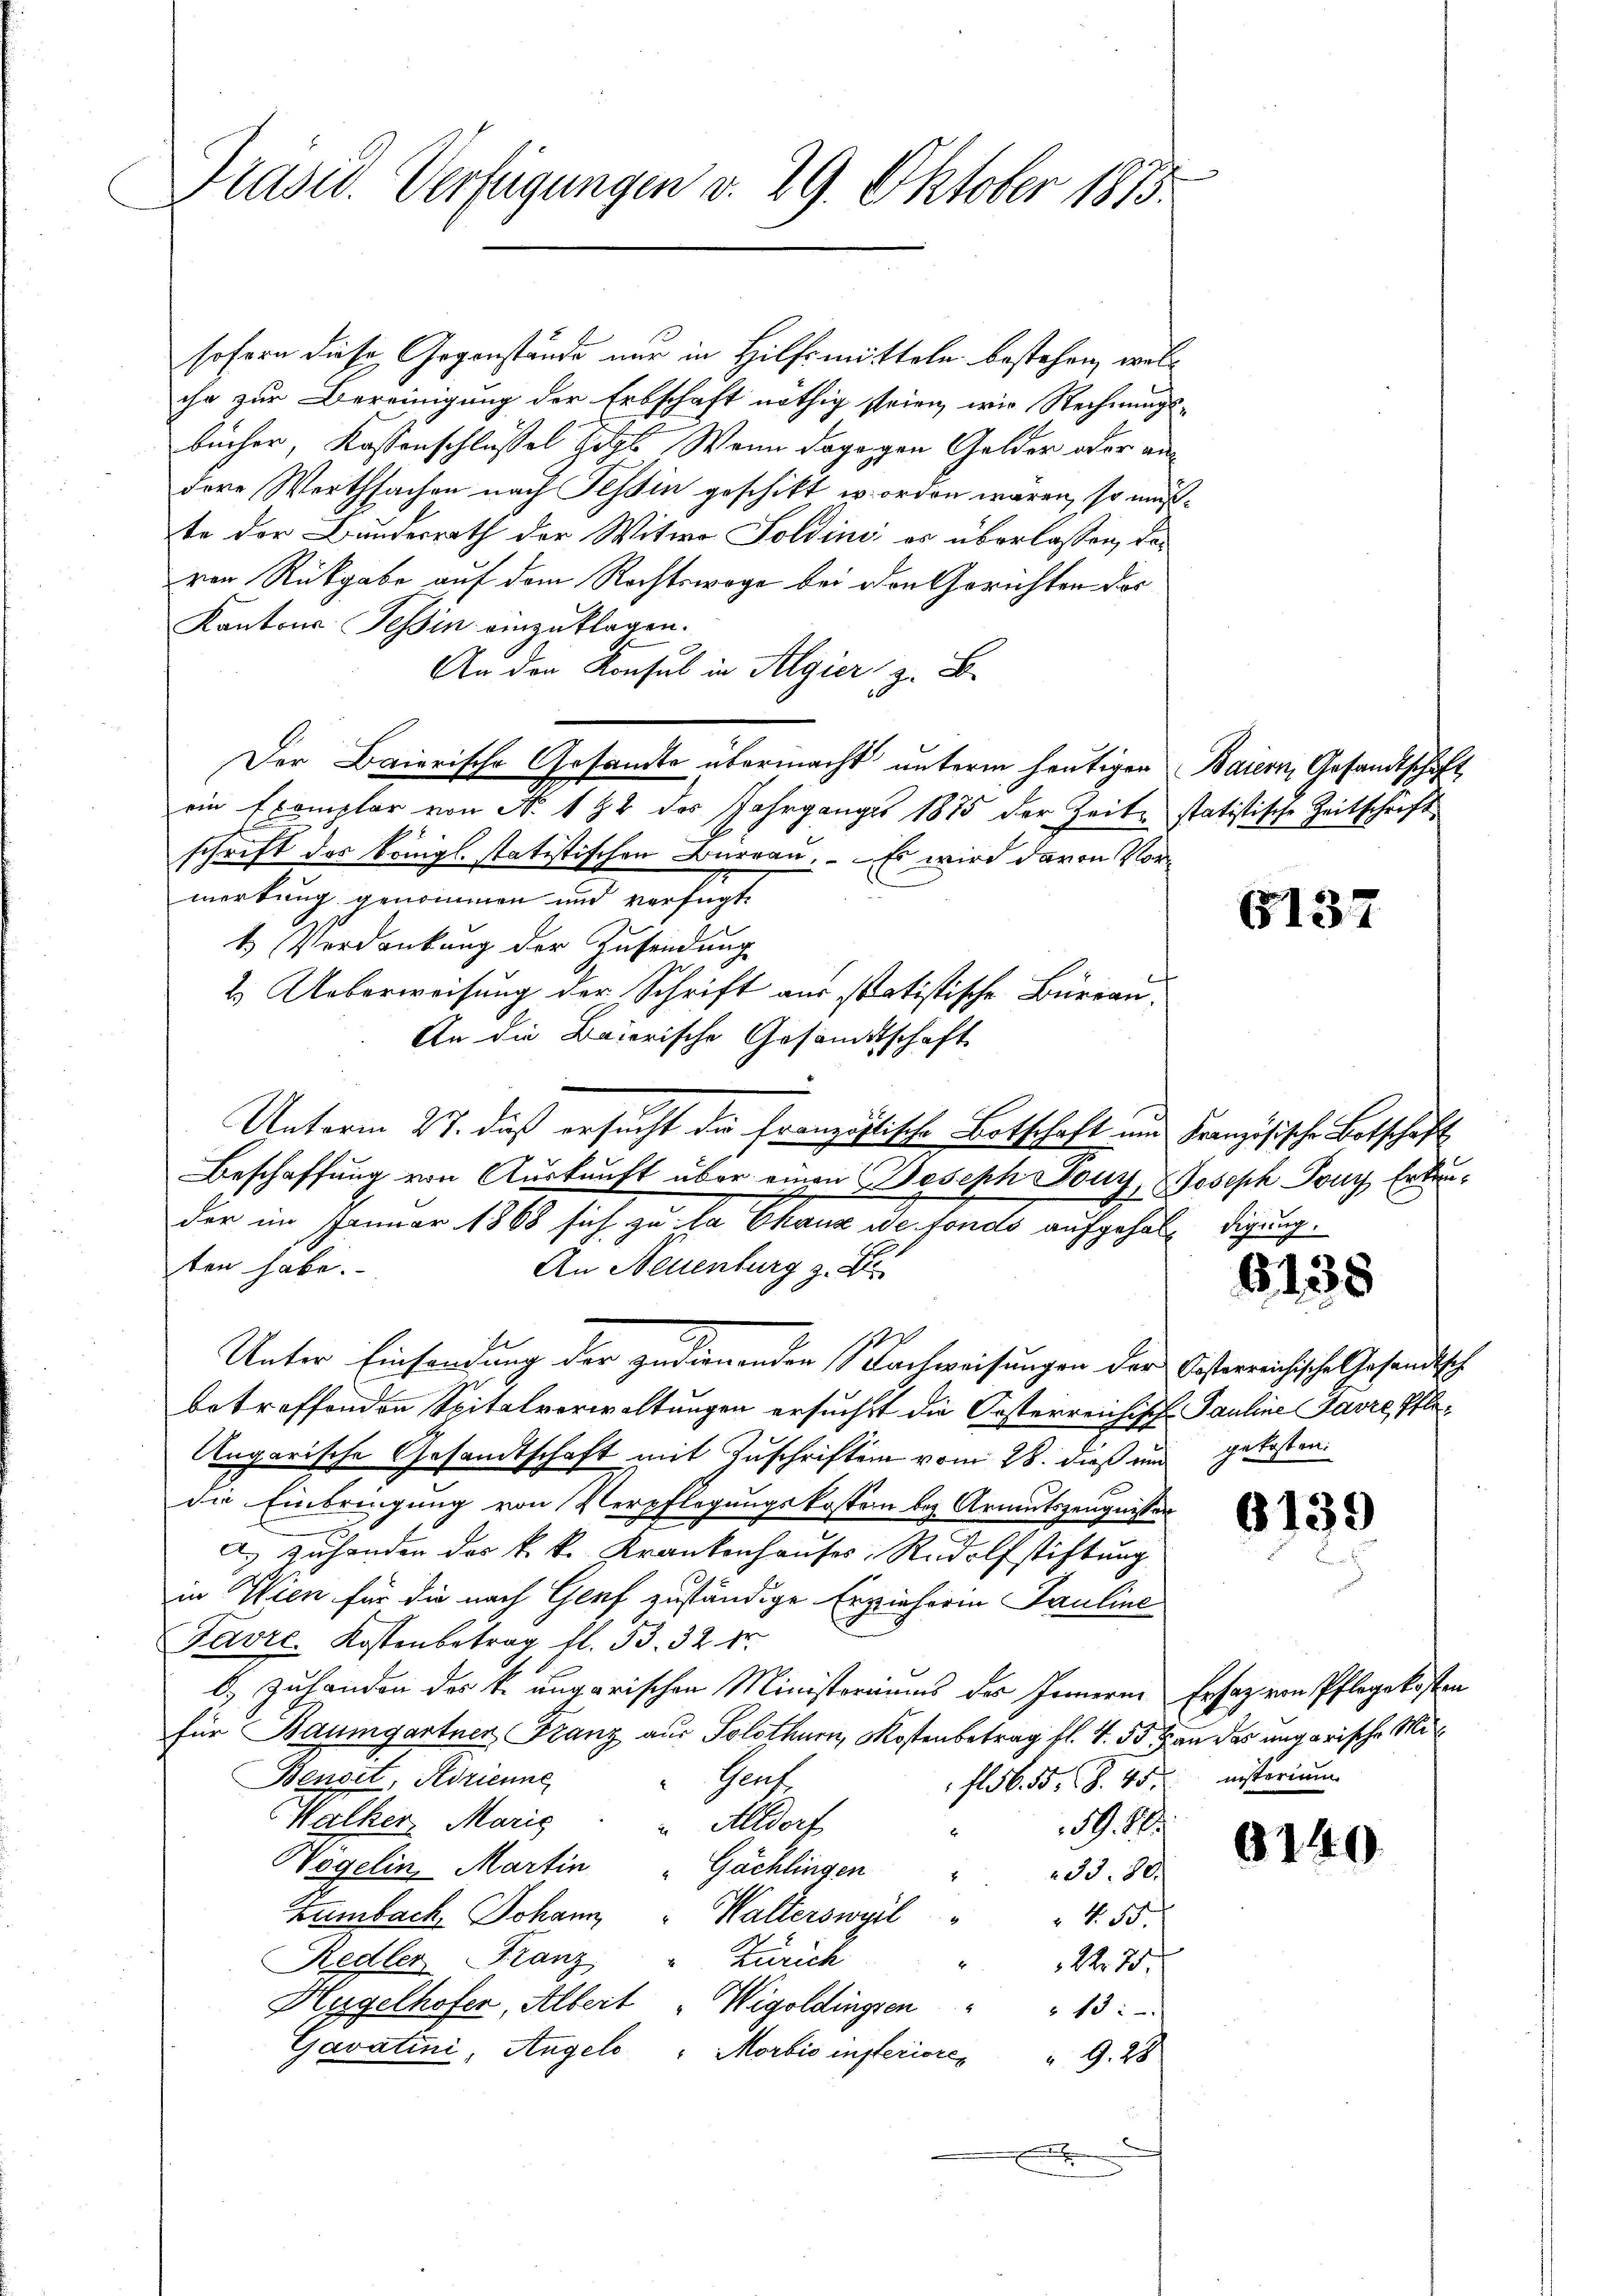
Präsid. Verfügungen v. 29. Oktober 1873.

sofern diese Gegenstände nur in Hilfsmitteln bestehen, welchr zur Bereinigung der Erbschaft nöthig steien, wie Rechnungsbücher, Kassenschlüssel Sitz Wenn dagegen Gelder oder andere Werthsachen nach Tessin geschikt worden waren, so mußte der Bunderrath der Witwe Soldini, es überlassen, das
von Rückgabe auf dem Rechtswege bei den Gerichten der
Kantons Tessin einzuklagen.
An den Konsul in Algier z. B.
Der Baierische Gesandte übermacht unterm heutigen Baiern, Gesandtschaft
ein Exemplar von No. 192 des Jahrganges 1875 der Zeite statistische Zeitschrift
schrift des Königl. statistischen Burgau, – Es wird davon Vormerkung genommen und verfügt
4 Verdankung der Zusendung
2. Ueberweisung der Schrift aus statistische Büreau.
An die Baierische Gesandtschaft
Unterm 27. dieß ersucht die französische Botschaft und Französische Botschaft
Beschaffung von Auskunft über einen Joseph Dony, Joseph Jony Erkender im Januar 1868 sich zu la Chaux de fondo aufgeholt digung.
ten habe.
An Neuenburg z. B
2
Unter Einsendung der zudienenden Nachweisungen der Oesterreichische Gesandtsch
betreffenden Spitalverwaltungen ersuchst die Kosterreichische Pauline Favre, Pfle¬
Angarische Gesandtschaft mit Zuschriften vom 28. dieß und gekosten.
die Einbringung von Verpflegungskostern bey Armutszeugnissen
A.) Zuhanden des k. k. Krankenhauses, Rudolfstiftung
in Wien für die nach Genf zuständige Erzieherin Pauline
Favre Kostenbetrag fl. 53. 32 fr.
b. Zuhanden des k. ungarischen Ministeriums des Innern Ersaz von Pflegekosten
für Baumgartner Franz aus Solothurn, Mostenbetrag fl. 4. 53 an des ungarische Mi¬
Benoit, Adrienne,
Grafe
fl 56. 55, S. 45 nisterium
Walker, Marig
" Altdorf
A. R.
Högelin Martin
Gächlingen
233. 80.
Zambach Johann, " Walterswyl " " 455.
Redler Franz " Zürich
N. 27
Hügelhofer, Albert "Wigoldingsen " " 13:
Gavatini, Angelo "Morbić insteriore " 9. 28
e

G137

6135

5

6139

8140